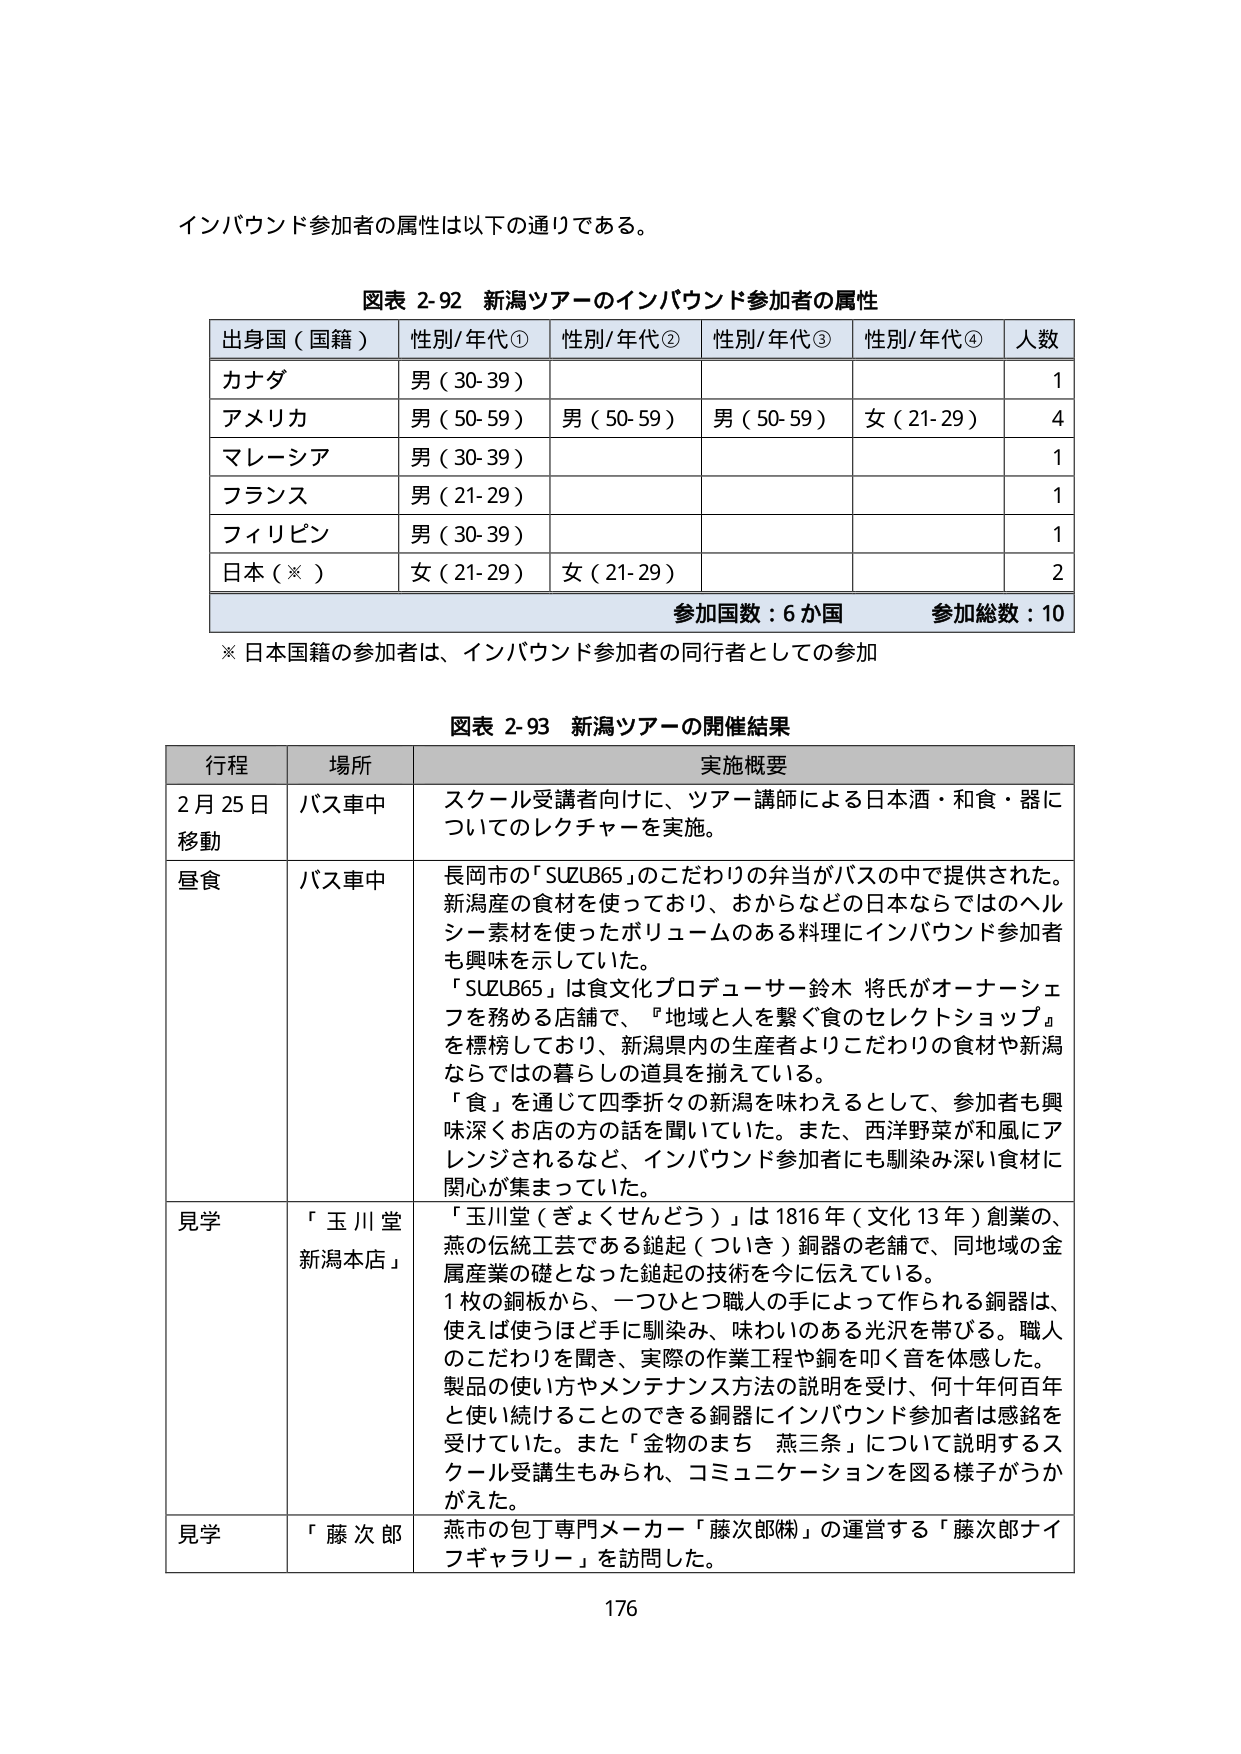
インバウンド参加者の属性は以下の通りである。

図表 2-92 新潟ツアーのインバウンド参加者の属性
出身国（国籍） 性別/年代① 性別/年代② 性別/年代③ 性別/年代④ 人数
カナダ 男（30-39） 1
アメリカ 男（50-59） 男（50-59） 男（50-59） 女（21-29） 4
マレーシア 男（30-39） 1
フランス 男（21-29） 1
フィリピン 男（30-39） 1
日本（※） 女（21-29） 女（21-29） 2
参加国数：6か国 参加総数：10
※ 日本国籍の参加者は、インバウンド参加者の同行者としての参加

図表 2-93 新潟ツアーの開催結果
行程 場所 実施概要
2月25日 移動 バス車中 スクール受講者向けに、ツアー講師による日本酒・和食・器についてのレクチャーを実施。
昼食 バス車中 長岡市の「SUZUB65」のこだわりの弁当がバスの中で提供された。新潟産の食材を使っており、おからなどの日本ならではのヘルシー素材を使ったボリュームのある料理にインバウンド参加者も興味を示していた。「SUZUB65」は食文化プロデューサー鈴木 将氏がオーナーシェフを務める店舗で、『地域と人を繋ぐ食のセレクトショップ』を標榜しており、新潟県内の生産者よりこだわりの食材や新潟ならではの暮らしの道具を揃えている。「食」を通じて四季折々の新潟を味わえるとして、参加者も興味深くお店の方の話を聞いていた。また、西洋野菜が和風にアレンジされるなど、インバウンド参加者にも馴染み深い食材に関心が集まっていた。
見学 「玉川堂 新潟本店」 「玉川堂（ぎょくせんどう）」は1816年（文化13年）創業の、燕の伝統工芸である鎚起（ついき）銅器の老舗で、同地域の金属産業の礎となった鎚起の技術を今に伝えている。1枚の銅板から、一つひとつ職人の手によって作られる銅器は、使えば使うほど手に馴染み、味わいのある光沢を帯びる。職人のこだわりを聞き、実際の作業工程や銅を叩く音を体感した。製品の使い方やメンテナンス方法の説明を受け、何十年何百年と使い続けることのできる銅器にインバウンド参加者は感銘を受けていた。また「金物のまち 燕三条」について説明するスクール受講生もみられ、コミュニケーションを図る様子がうかがえた。
見学 「藤次郎」 燕市の包丁専門メーカー「藤次郎㈱」の運営する「藤次郎ナイフギャラリー」を訪問した。

176